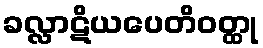
ခလ္လာဋိယပေတိဝတ္ထု